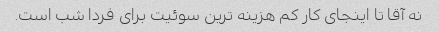
نه آقا تا اینجای کار کم هزینه ترین سوئیت برای فردا شب است.